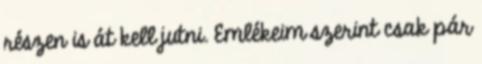
részen is át kell jutni. Emlékeim szerint csak pár